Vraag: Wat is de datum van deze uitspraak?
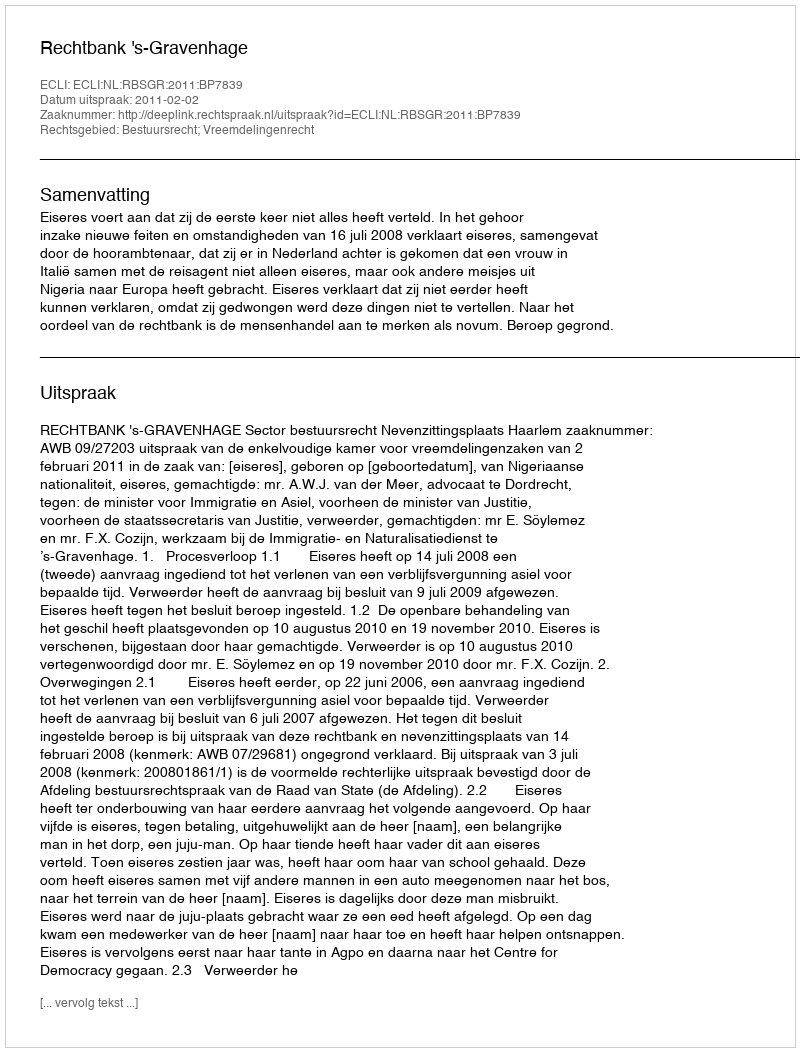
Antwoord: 2011-02-02